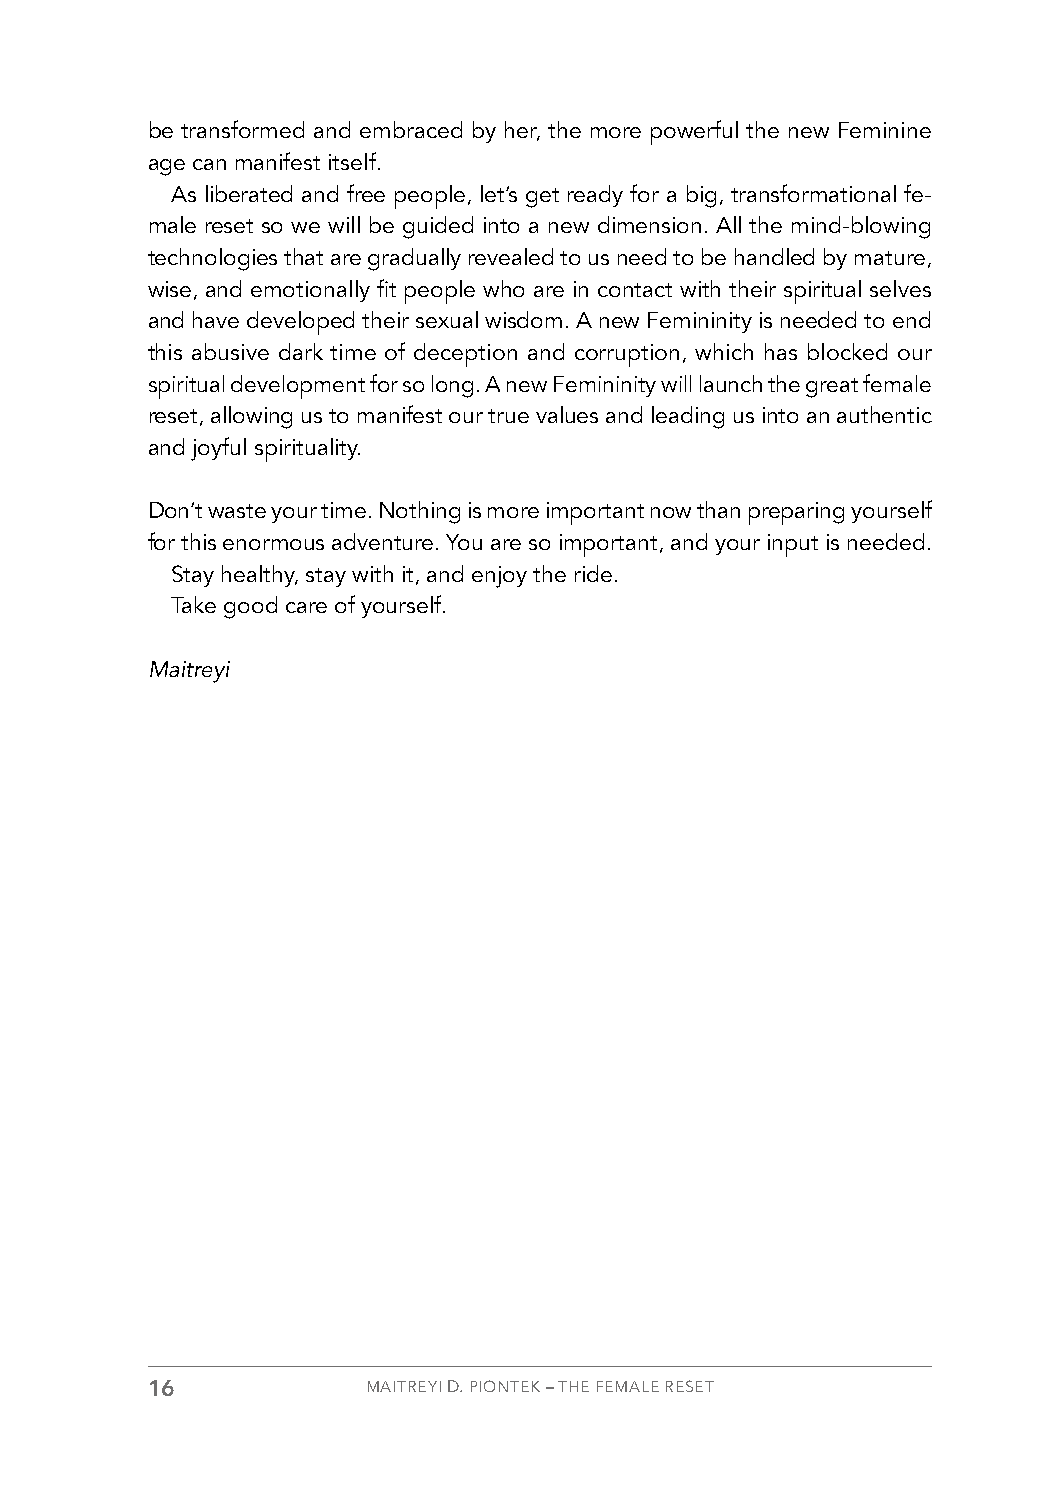
be transformed and embraced by her, the more powerful the new Feminine
 age can manifest itself.
 As liberated and free people, let’s get ready for a big, transformational fe-
 male reset so we will be guided into a new dimension. All the mind-blowing
 technologies that are gradually revealed to us need to be handled by mature,
 wise, and emotionally fit people who are in contact with their spiritual selves
 and have developed their sexual wisdom. A new Femininity is needed to end
 this abusive dark time of deception and corruption, which has blocked our
 spiritual development for so long. A new Femininity will launch the great female
 reset, allowing us to manifest our true values and leading us into an authentic
 and joyful spirituality.
 Don’t waste your time. Nothing is more important now than preparing yourself
 for this enormous adventure. You are so important, and your input is needed.
 Stay healthy, stay with it, and enjoy the ride.
 Take good care of yourself.
 Maitreyi
 16            MAITREYI D. PIONTEK – THE FEMALE RESET